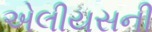
એલીયસની